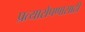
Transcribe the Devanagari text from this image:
प्रत्यारोपणासाठी